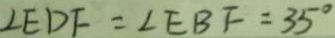
\angle E D F = \angle E B F = 3 5 ^ { \circ }